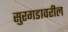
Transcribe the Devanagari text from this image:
सुरगडावरील